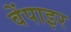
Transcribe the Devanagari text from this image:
वेंपाइर